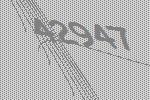
42947